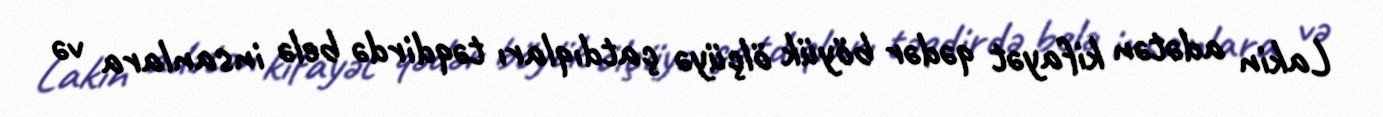
Lakin adətən kifayət qədər böyük ölçüyə çatdıqları təqdirdə belə insanlara və